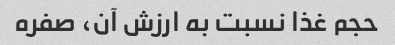
حجم غذا نسبت به ارزش آن، صفره